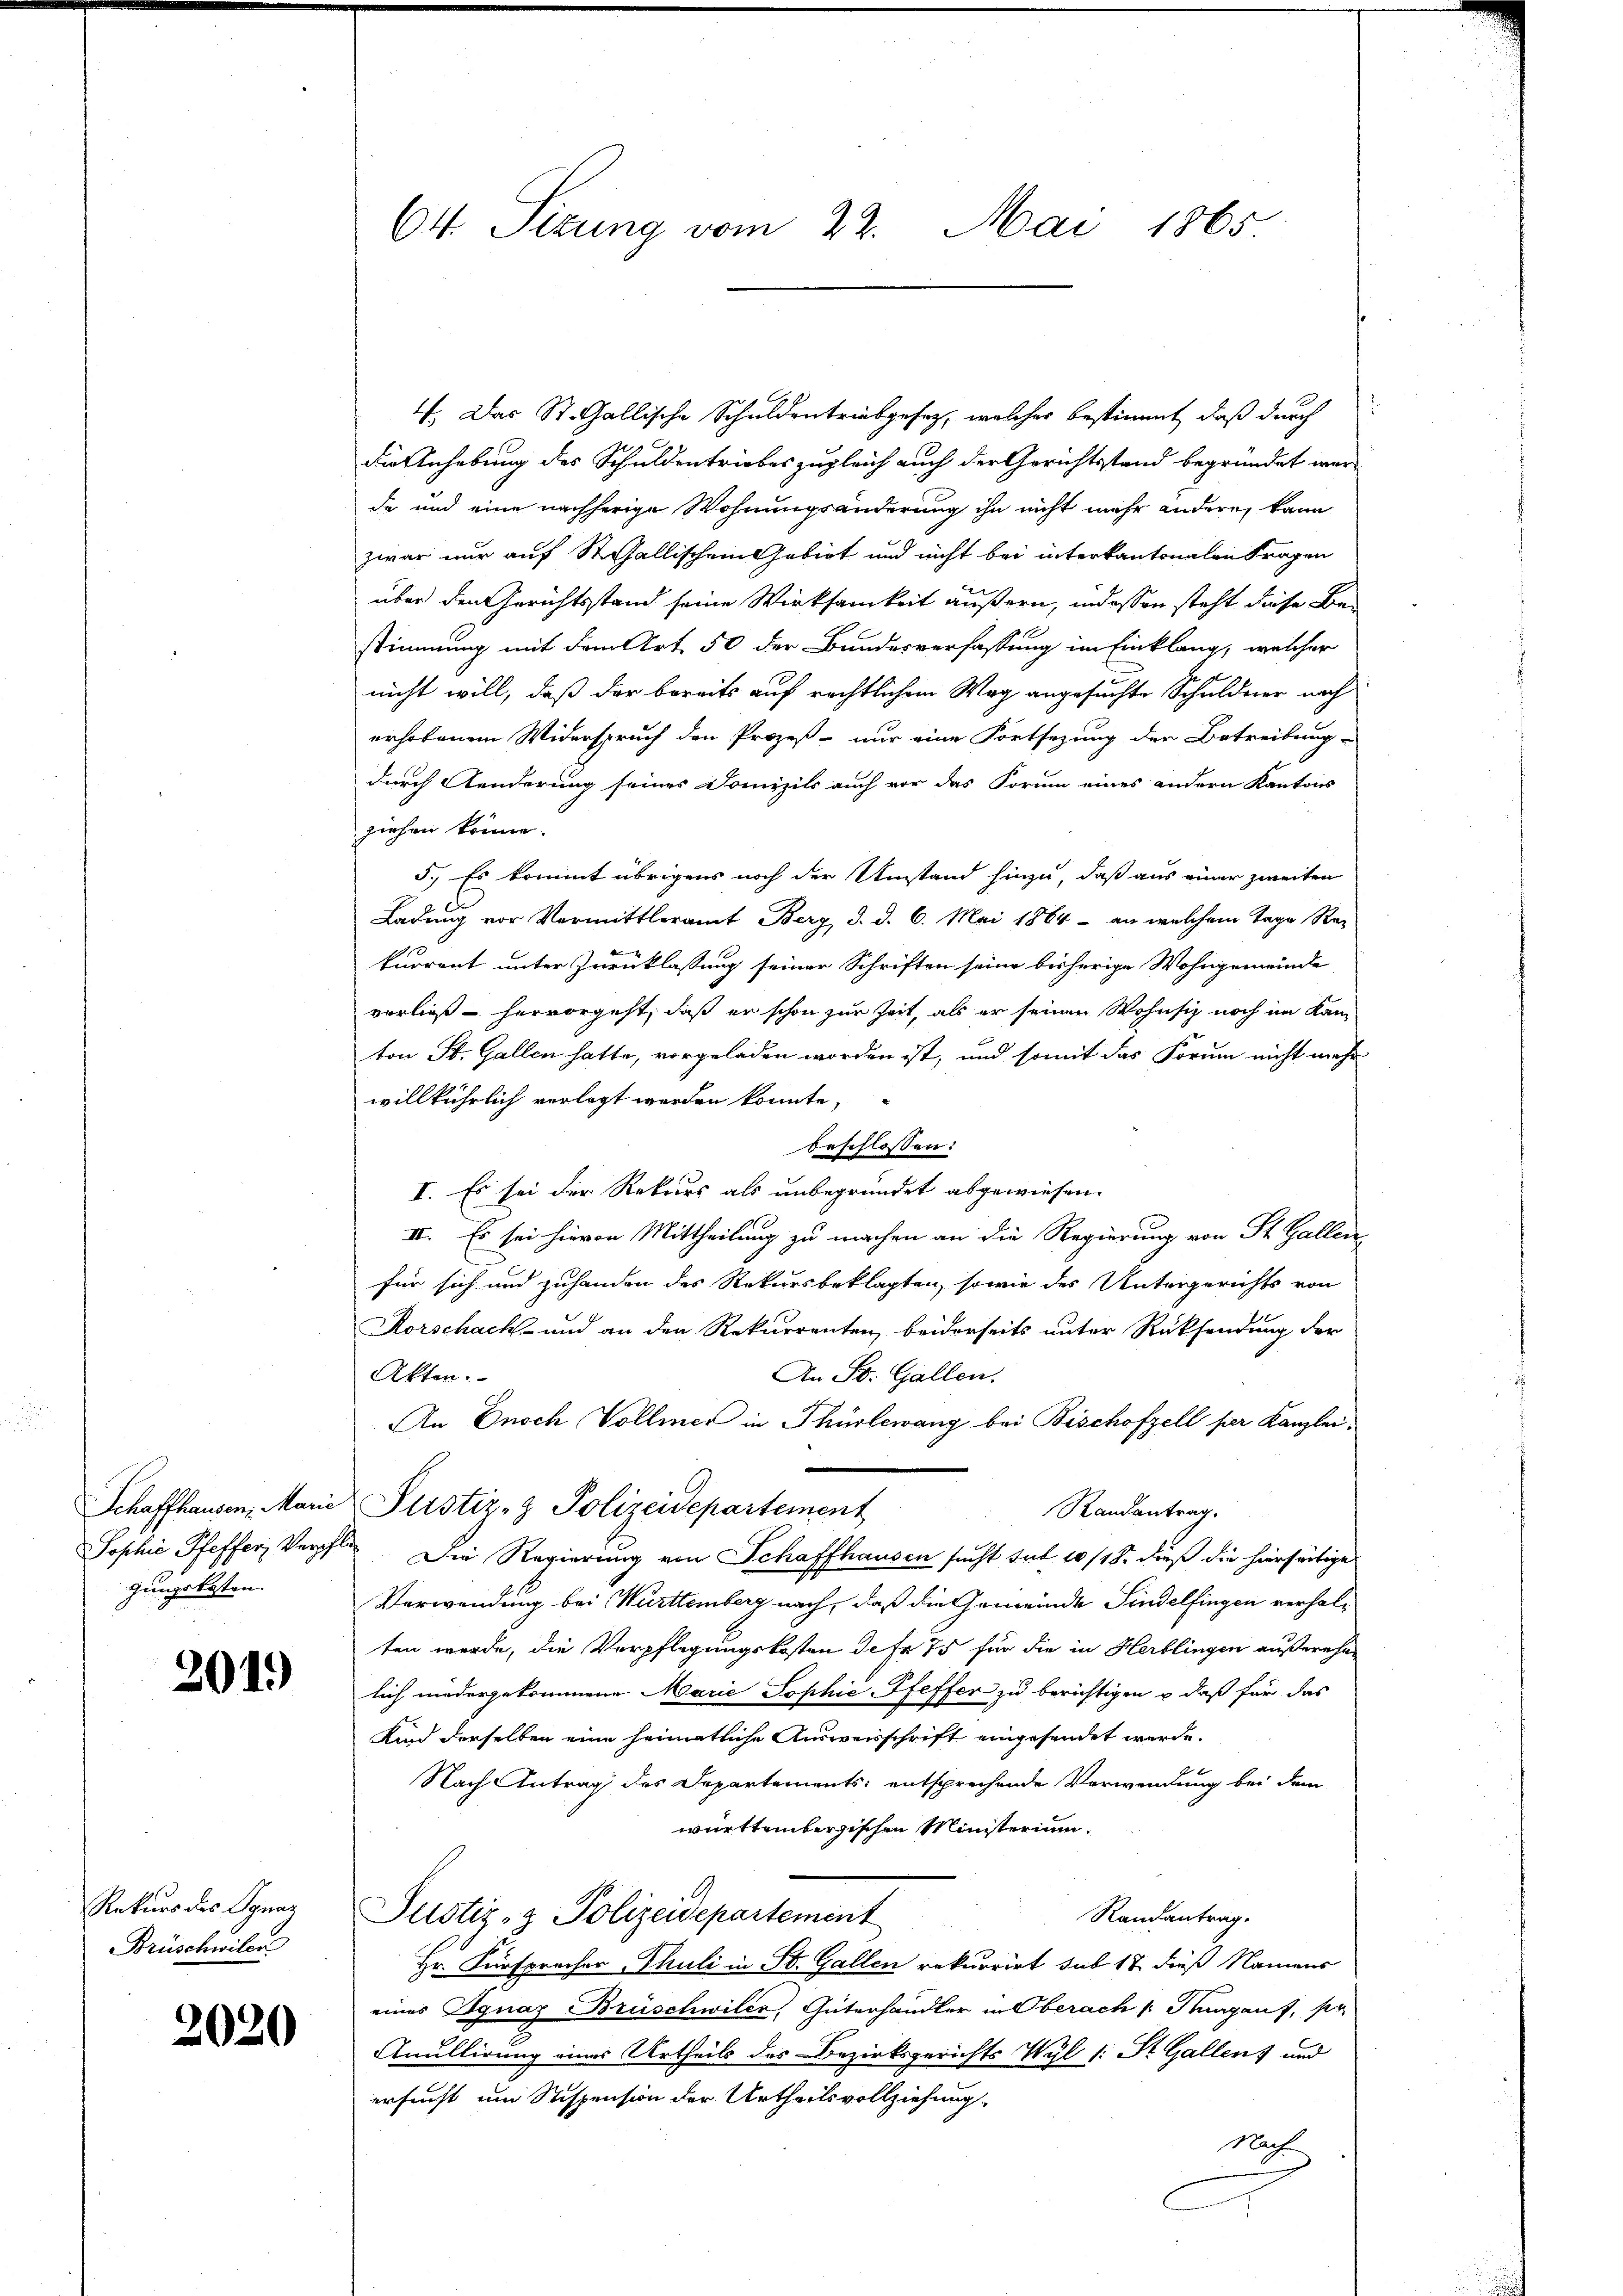
Schaffhausen, Marie
Jophie Pfeffer, Vorpf
gungskosten. |

201.)

Rekurs des Ignaz
Brüschwiler

2020

64. Sizung vom 22. Mai 1865.

4. Das St. Gallische Schuldentriebgesetz, welches bestimmt, daß durch
Die Anhebung des Schuldentriebes zugleich auch der Gerichtsstand begründet wer-
da und eine nachherige Wohnungsänderung ihn nicht mehr andern kann
zwar nur auf St.Gallischem Gebirt und nicht bei interkantonalen Fragen
über den Gerichtsstand seine Wirksamkeit äußern, indessen steht diese Bestimmung mit dem Art. 50 der Bundesverfassung im Einklang, welcher
nicht will, daß der bereits auf rechtlichem Wag angesuchte Schuldner nach
erhobenem Widerspruch den Prozeß- nur eine Fortsezung der Betreibung
durch Aenderung seines Domizils auch vor das Forum eines andern Kantons
ziehen könne.
5.) Es kommt übrigens noch der Umstand hinzu, daß aus einer zweiten
Ladung vor Vormittleramt Berg d. d. 6. Mai 1864 - an welchem Tage Re-
kurrent unter Zurücklassung seiner Schriften seine bisherige Wohngemeinde
vorließ hervorgeht, daß er schon zur Zeit, als er seinen Wohnsiz noch im Kam
ton St. Gallen hatte, vorgeladen worden ist, und somit das Forum nicht mehr
willkührlich verlegt worden könnte,
beschlossen:
I. Es sei der Rekurs als unbegründet abgewiesen.
III. Es sei hievon Mittheilung zu machen an die Regierung von St. Gallen
für sich und zuhanden des Rekursbeklagten, sowie des Untergerichts von
Korschach- und an den Rekurrenten, beiderseits unter Rücksendung der
An St. Gallen.
Akten.
An Dnoch Vollmer in Thürlewang bei Bischofzell per Kanzlei¬
Justiz- & Polizeidepartement
Randantrag.
A
Die Regierung von Schaffhausen sucht sub 10/18. dieß die hierseitige
Verwendung bei Württemberg nach, daß die Gemeinde Findelfingen verhalten werde, die Verpflegungskosten de fr 75 für die in Herblingen außerehe
lich niedergekommene Marie Sophie-Pfeffer zu berichtigen u daß für das
Kind derselben eine heimatliche Ausweisschrift eingesendet werde.
t
Nach Antrag des Departements entsprechende Verwendung bei dem
württembergischen Ministerium.
Randantrag.
Justiz- & Polizeidepartement
Hr. Fürsprecher Thuli in St. Gallen rekurrirt sub 17 dieß Namens
eines Ignaz Brüschwiler, Güterhandler in Oberach 1 Stung auf, sa
Anullirung eines Urtheils des Bezirksgerichts Wyl /: Dr. Gallen) und
ersucht um Stispension der Urtheilsvollziehung
Nach